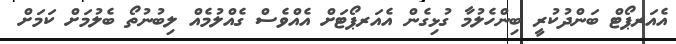
އެއަރޕޯޓް ބަންދުކުރީ ބިންހެލުމާ ގުޅިގެން އެއަރޕޯޓަށް އެއްވެސް ގެއްލުމެއް ލިބުނުތޯ ބެލުމަށް ކަމަށް